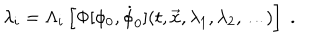
\lambda _ { i } = \Lambda _ { i } \left[ \Phi [ \phi _ { 0 } , \dot { \phi } _ { 0 } ] ( t , { \vec { x } } , \lambda _ { 1 } , \lambda _ { 2 } , \dots ) \right] \; .